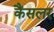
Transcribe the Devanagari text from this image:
कैंसलर